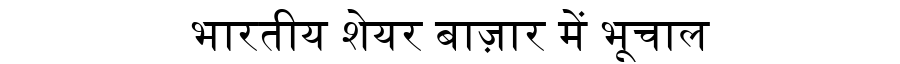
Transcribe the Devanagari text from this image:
भारतीय शेयर बाज़ार में भूचाल